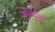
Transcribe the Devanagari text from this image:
जोअन्ना